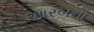
આરબના